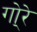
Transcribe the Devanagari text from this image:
गो्रे